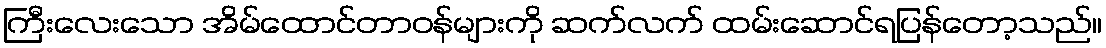
ကြီးလေးသော အိမ်ထောင်တာဝန်များကို ဆက်လက် ထမ်းဆောင်ရပြန်တော့သည်။